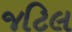
જટિલ